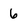
Character: 6